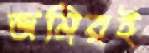
জমিরই